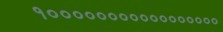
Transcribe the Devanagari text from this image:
१०००००००००००००००००